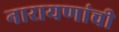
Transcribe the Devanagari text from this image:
नारायणांची